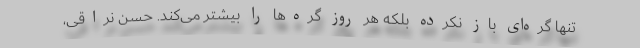
تنها گره‌ای باز نکرده بلکه هر روز گره‌ها را بیشتر می‌کند. حسن نراقی،